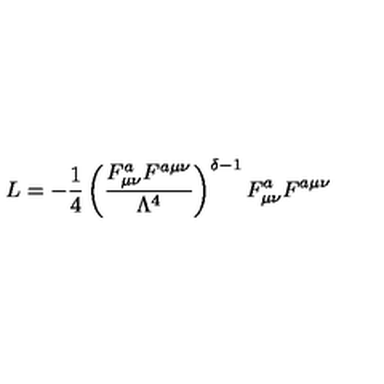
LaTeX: L = - \frac { 1 } { 4 } \left( \frac { F _ { \mu \nu } ^ { a } F ^ { a \mu \nu } } { \Lambda ^ { 4 } } \right) ^ { \delta - 1 } F _ { \mu \nu } ^ { a } F ^ { a \mu \nu }